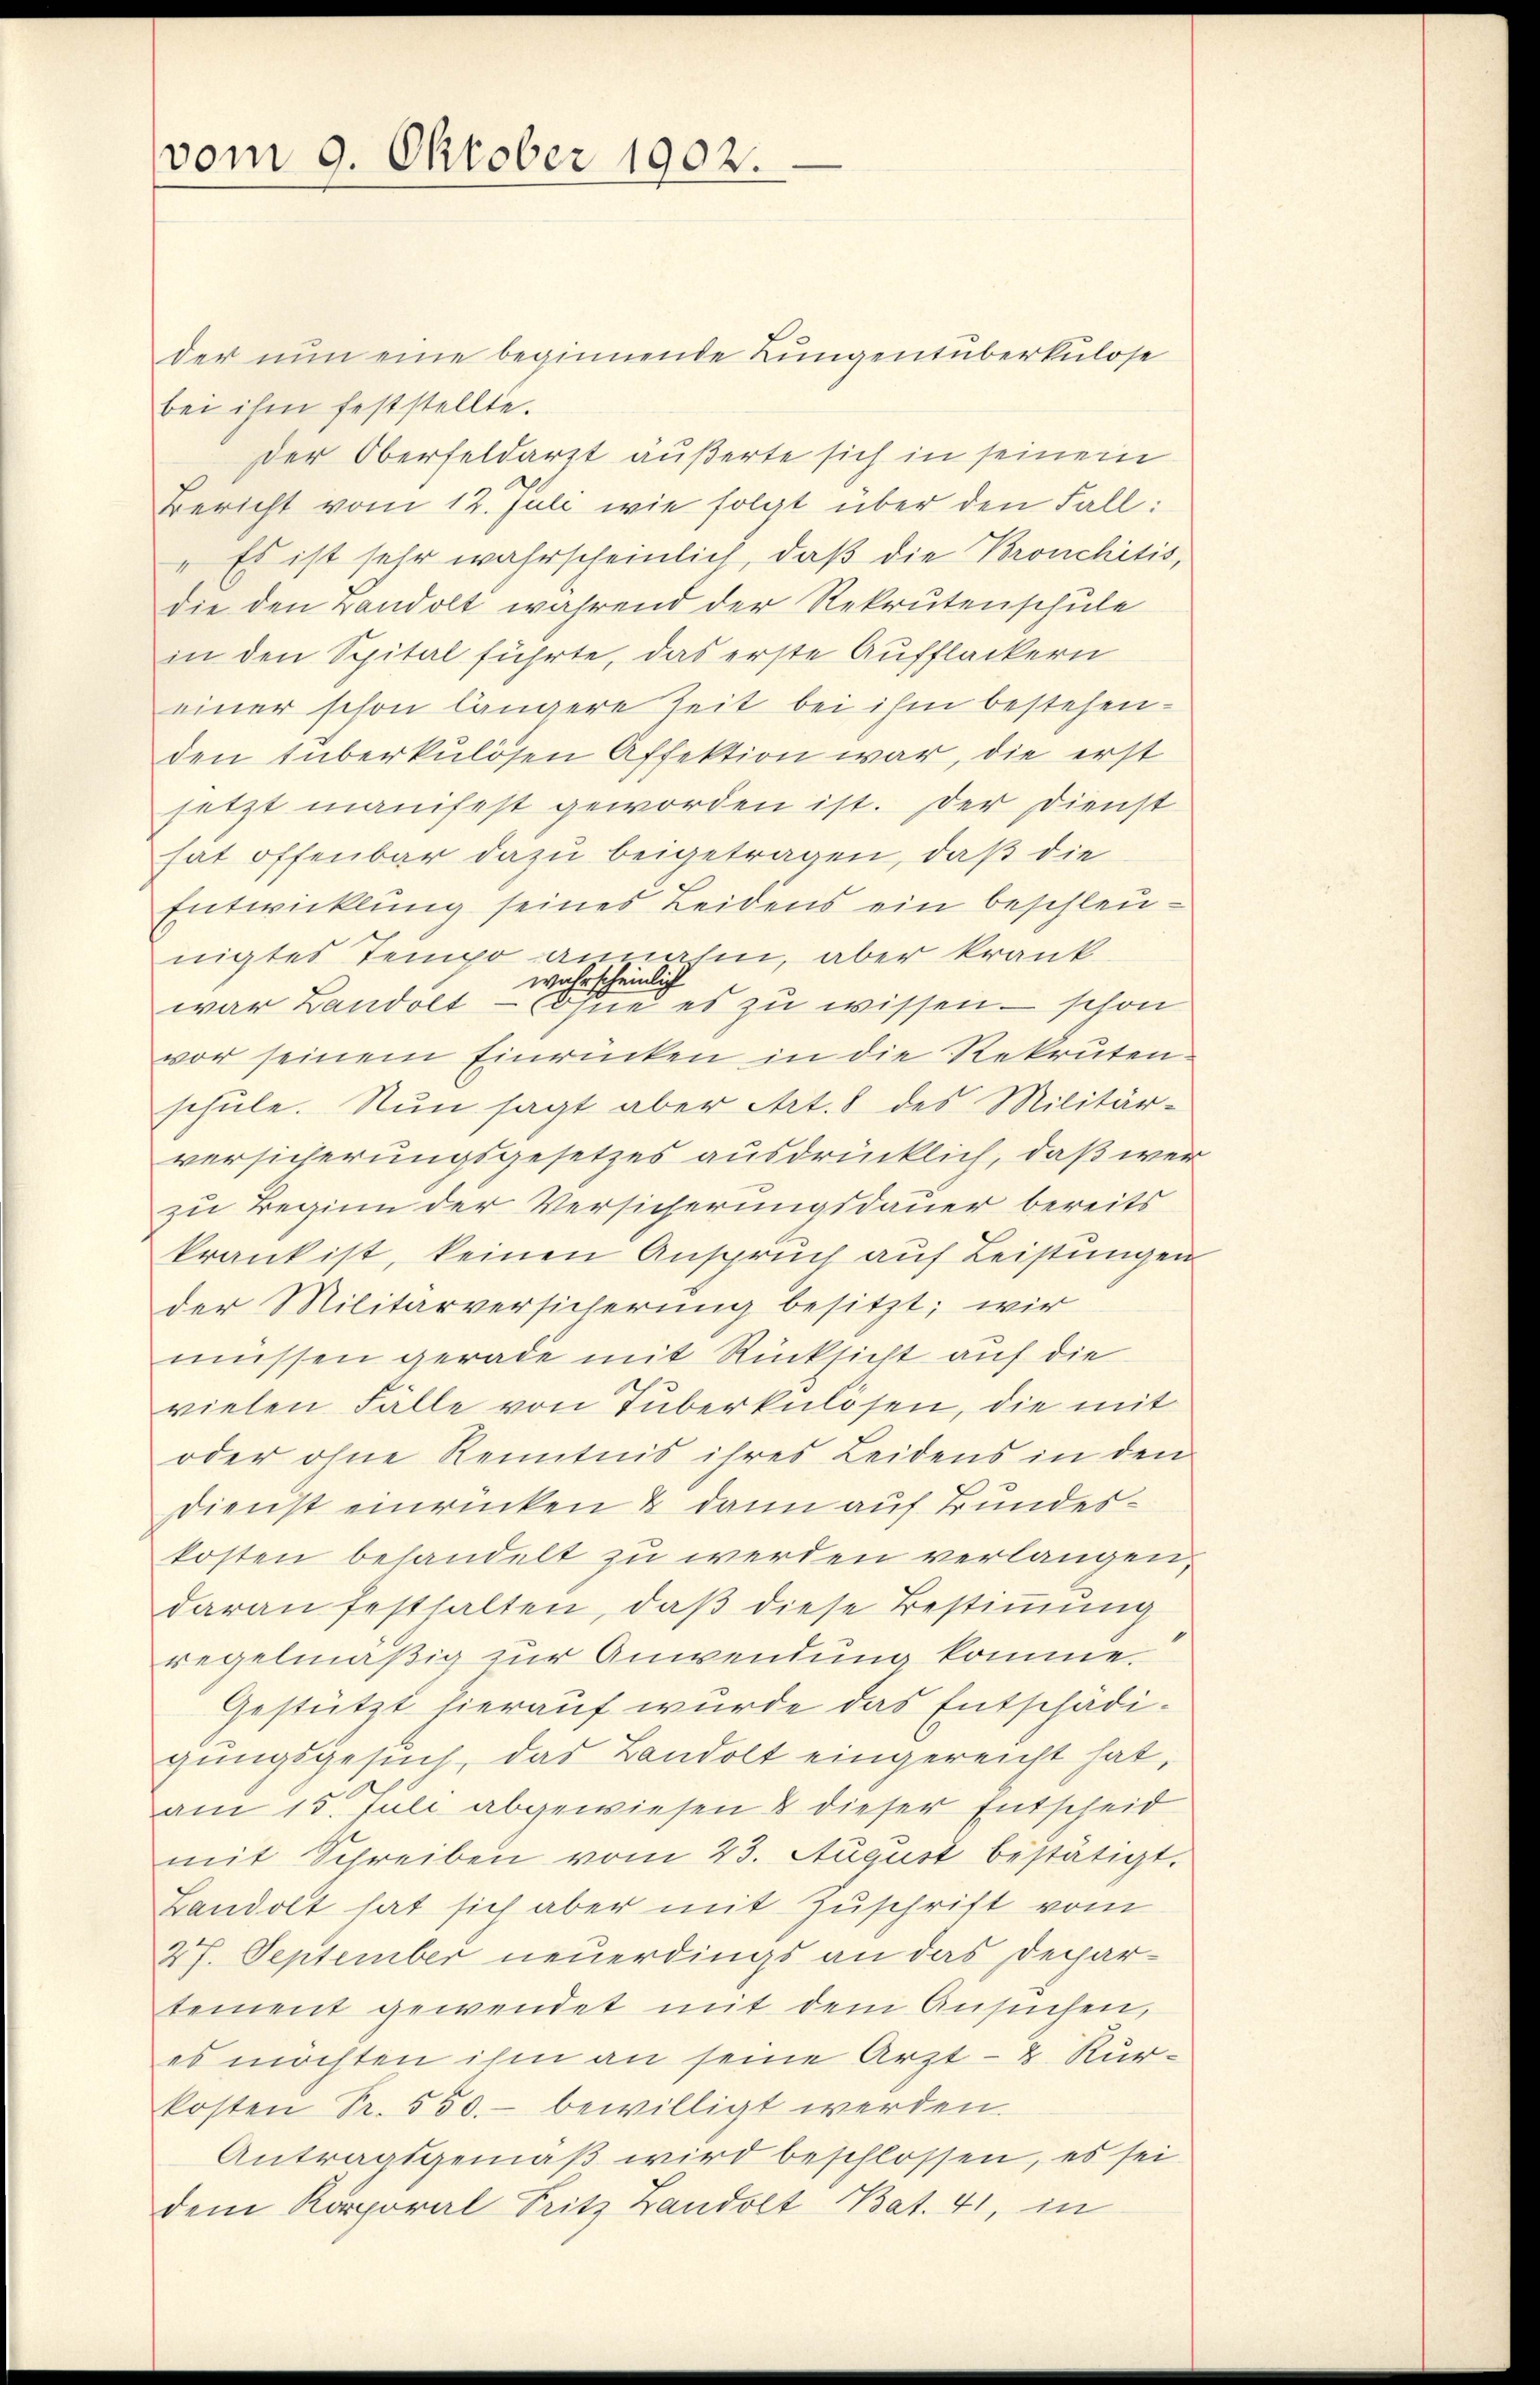
vom 9. Oktober 1902.

der nun eine beginnende Lungensüberkulose
bei ihm feststellte.
der Oberfeldarzt äußerte sich in seinem
Bericht vom 12. Juli wie folgt über den Fall:
„Es ist sehr wahrscheinlich, daß die Bronchitis,
die den randolt während der Rekrutenschule
in den Spital führte, das erste Aufflackern
einer schon längere Zeit bei ihm bestehenden überkulösen Affektion war, die erst
setzt manifest geworden ist. Der Dienst
hat offenbar dazu beigetragen, daß die
Entwicklung seines Leidens ein beschleunigtes Tempo annahm, aber krank
wahrscheinlich
war Landolt - ohne es zu wissen - schon
vor seinem Einrücken in die Rekruten-
schŭle. Nun sagt aber Art. 8 des Militär-
versicherungsgesetzes ausdrücklich, daß wer
zu Beginn der Versicherungsdauer bereits
krank ist, keinen Anspruch auf Leistungen
der Militärversicherung besitzt; wir
müssen gerade mit Rücksicht auf die
vielen Fälle von Tuberkulosen, die mit
oder ohne Kenntnis ihres Leidens in den
Dienst einrücken & dann auf Bundeskosten behandelt zu werden verlangen,
daran festhalten, daß diese Bestimmung
regelmäßig zur Anwendung komme.
Gestützt hierauf wurde das Entschädigungsgesuch, das Bandolt eingereicht hat,
am 15. Juli abgewiesen & dieser Entscheid
mit Schreiben vom 23. August bestätigt.
Bandolt hat sich aber mit Zuschrift vom
27. September neuerdings an das Departement gewendet mit dem Ansuchen,
es möchten ihm an seine Arzt- & Kurkosten Sr. 550.- bewilligt werden.
Antragsgemäß wird beschlossen, es sei
dem Korporal Pritz Landolt Bat. 41, in